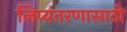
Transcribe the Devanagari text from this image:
लिप्यंतरणासाठी